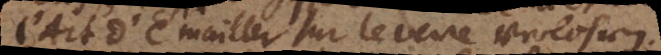
L’Art d’Emailler sur le verre verlohren.